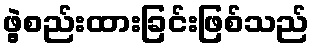
ဖွဲ့စည်းထားခြင်းဖြစ်သည်